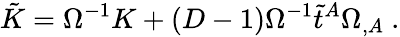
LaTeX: \tilde{K}=\Omega^{-1}K+(D-1)\Omega^{-1}\tilde{t}^{A}\Omega_{,A}\ .